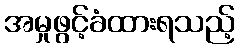
အမှုဖွင့်ခံထားရသည့်